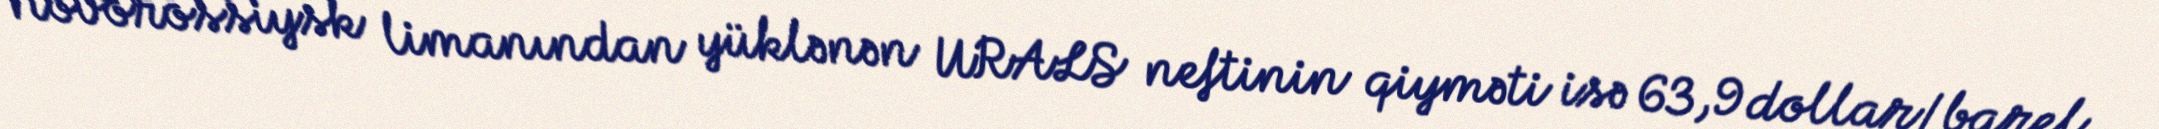
Novorossiysk limanından yüklənən URALS neftinin qiyməti isə 63,9 dollar/barel